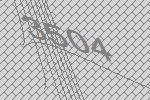
3504